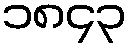
၁၈၄၃